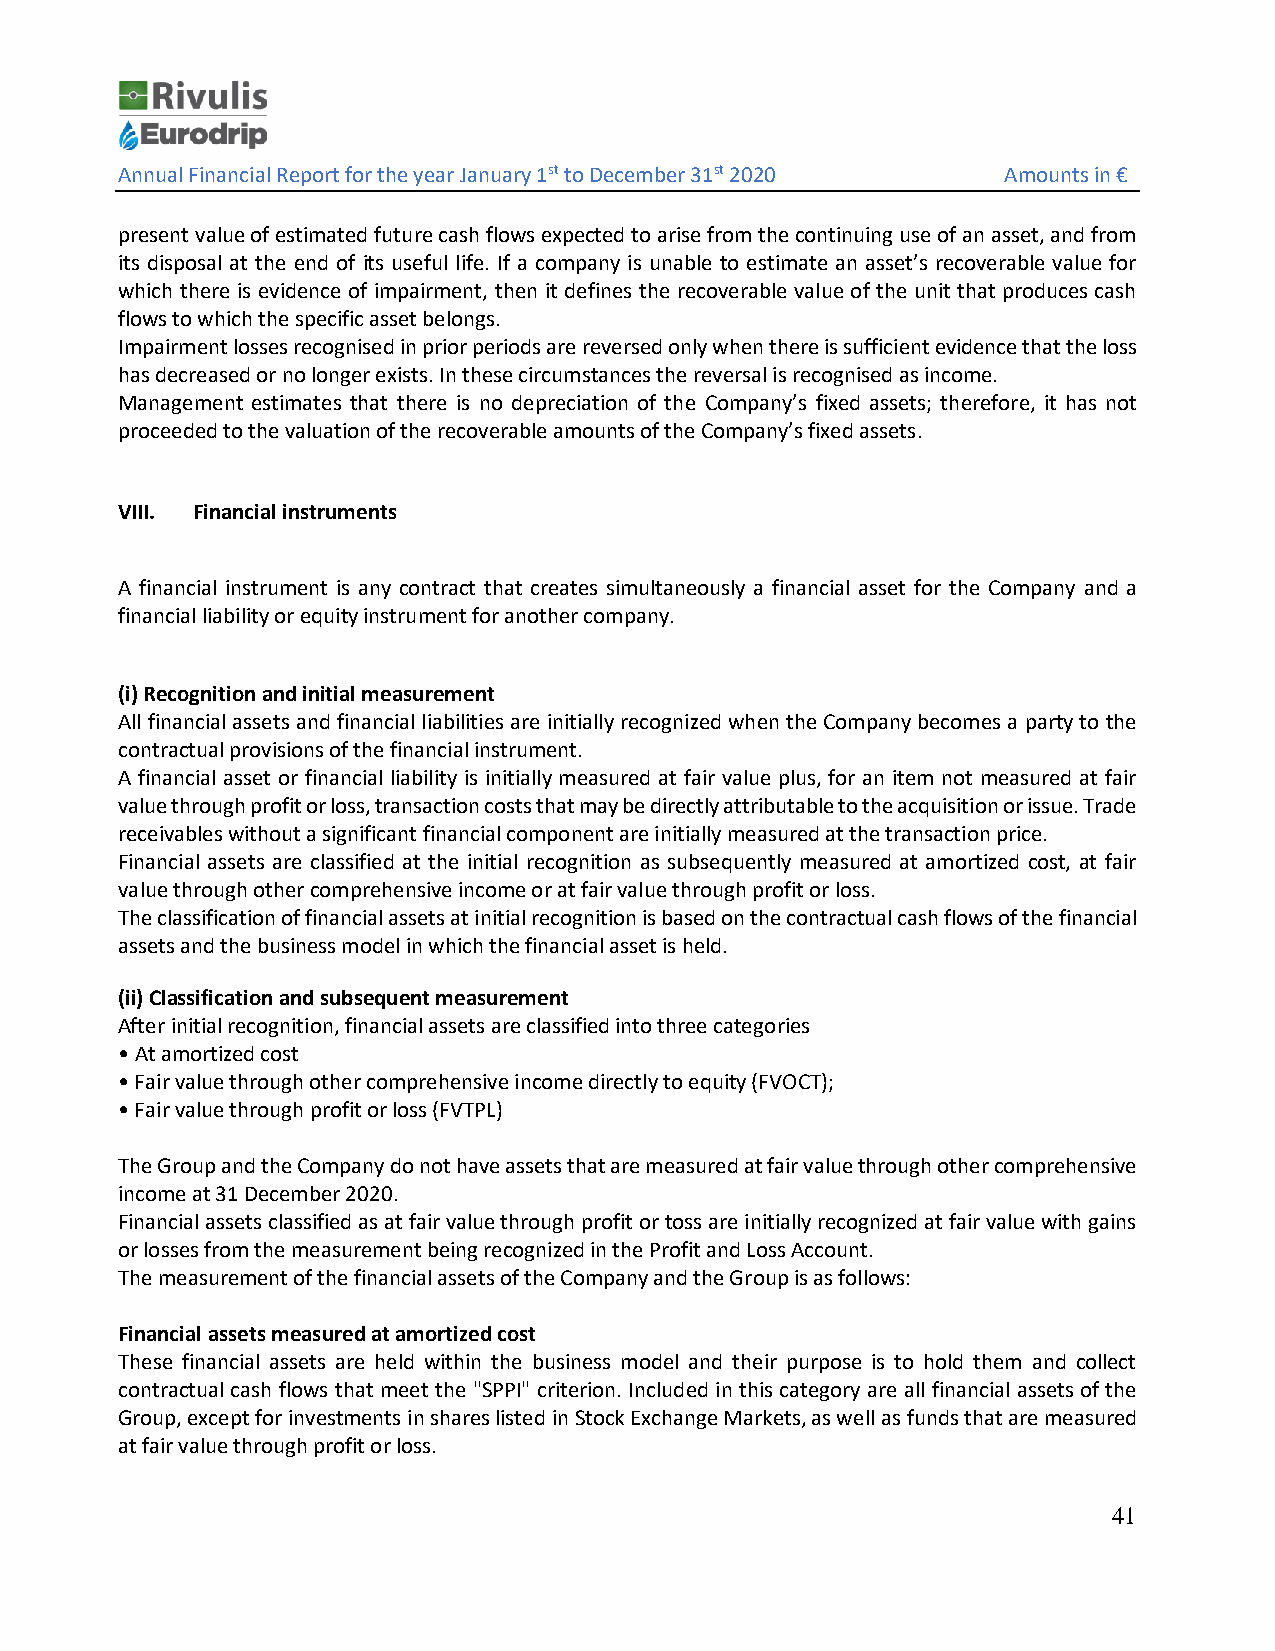
Annual Financial Report for the year January 1st to December 31st 2020 Amounts in €
 present value of estimated future cash flows expected to arise from the continuing use of an asset, and from
 its disposal at the end of its useful life. If a company is unable to estimate an asset’s recoverable value for
 which there is evidence of impairment, then it defines the recoverable value of the unit that produces cash
 flows to which the specific asset belongs.
 Impairment losses recognised in prior periods are reversed only when there is sufficient evidence that the loss
 has decreased or no longer exists. In these circumstances the reversal is recognised as income.
 Management estimates that there is no depreciation of the Company’s fixed assets; therefore, it has not
 proceeded to the valuation of the recoverable amounts of the Company’s fixed assets.
 VIII. Financial instruments
 A financial instrument is any contract that creates simultaneously a financial asset for the Company and a
 financial liability or equity instrument for another company.
 (i) Recognition and initial measurement
 All financial assets and financial liabilities are initially recognized when the Company becomes a party to the
 contractual provisions of the financial instrument.
 A financial asset or financial liability is initially measured at fair value plus, for an item not measured at fair
 value through profit or loss, transaction costs that may be directly attributable to the acquisition or issue. Trade
 receivables without a significant financial component are initially measured at the transaction price.
 Financial assets are classified at the initial recognition as subsequently measured at amortized cost, at fair
 value through other comprehensive income or at fair value through profit or loss.
 The classification of financial assets at initial recognition is based on the contractual cash flows of the financial
 assets and the business model in which the financial asset is held.
 (ii) Classification and subsequent measurement
 After initial recognition, financial assets are classified into three categories
 • At amortized cost
 • Fair value through other comprehensive income directly to equity (FVOCT);
 • Fair value through profit or loss (FVTPL)
 The Group and the Company do not have assets that are measured at fair value through other comprehensive
 income at 31 December 2020.
 Financial assets classified as at fair value through profit or toss are initially recognized at fair value with gains
 or losses from the measurement being recognized in the Profit and Loss Account.
 The measurement of the financial assets of the Company and the Group is as follows:
 Financial assets measured at amortized cost
 These financial assets are held within the business model and their purpose is to hold them and collect
 contractual cash flows that meet the "SPPI" criterion. Included in this category are all financial assets of the
 Group, except for investments in shares listed in Stock Exchange Markets, as well as funds that are measured
 at fair value through profit or loss.
 41